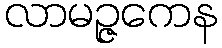
လာမဉ္ဇကေန